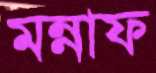
মন্নাফ